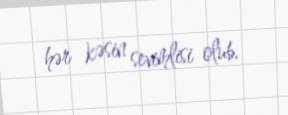
hər kəsin sevimlisi olub.